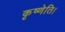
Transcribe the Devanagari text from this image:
कृष्णेति।